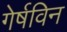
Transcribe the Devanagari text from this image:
गेर्षविन